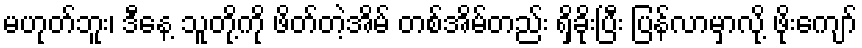
မဟုတ်ဘူး၊ ဒီနေ့ သူတို့ကို ဖိတ်တဲ့အိမ် တစ်အိမ်တည်း ရှိခိုးပြီး ပြန်လာမှာလို့ ဖိုးကျော်